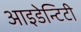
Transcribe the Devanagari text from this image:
आइडेन्टिटी